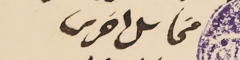
مخاىل اخرس